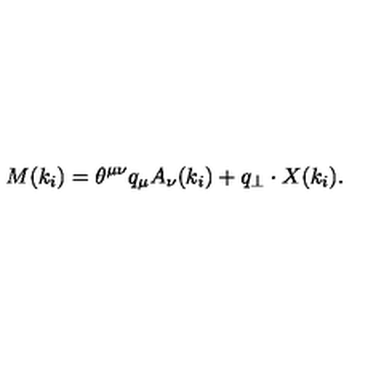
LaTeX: M ( k _ { i } ) = \theta ^ { \mu \nu } q _ { \mu } A _ { \nu } ( k _ { i } ) + q _ { \perp } \cdot X ( k _ { i } ) .